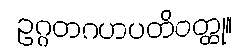
ဥဂ္ဂတဂဟပတိဝတ္ထု။